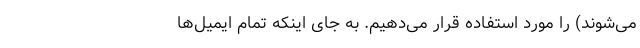
می‌شوند) را مورد استفاده قرار می‌­دهیم. به جای اینکه تمام ایمیل­‌ها